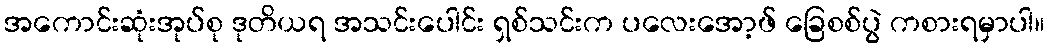
အကောင်းဆုံးအုပ်စု ဒုတိယရ အသင်းပေါင်း ရှစ်သင်းက ပလေးအော့ဖ် ခြေစစ်ပွဲ ကစားရမှာပါ။